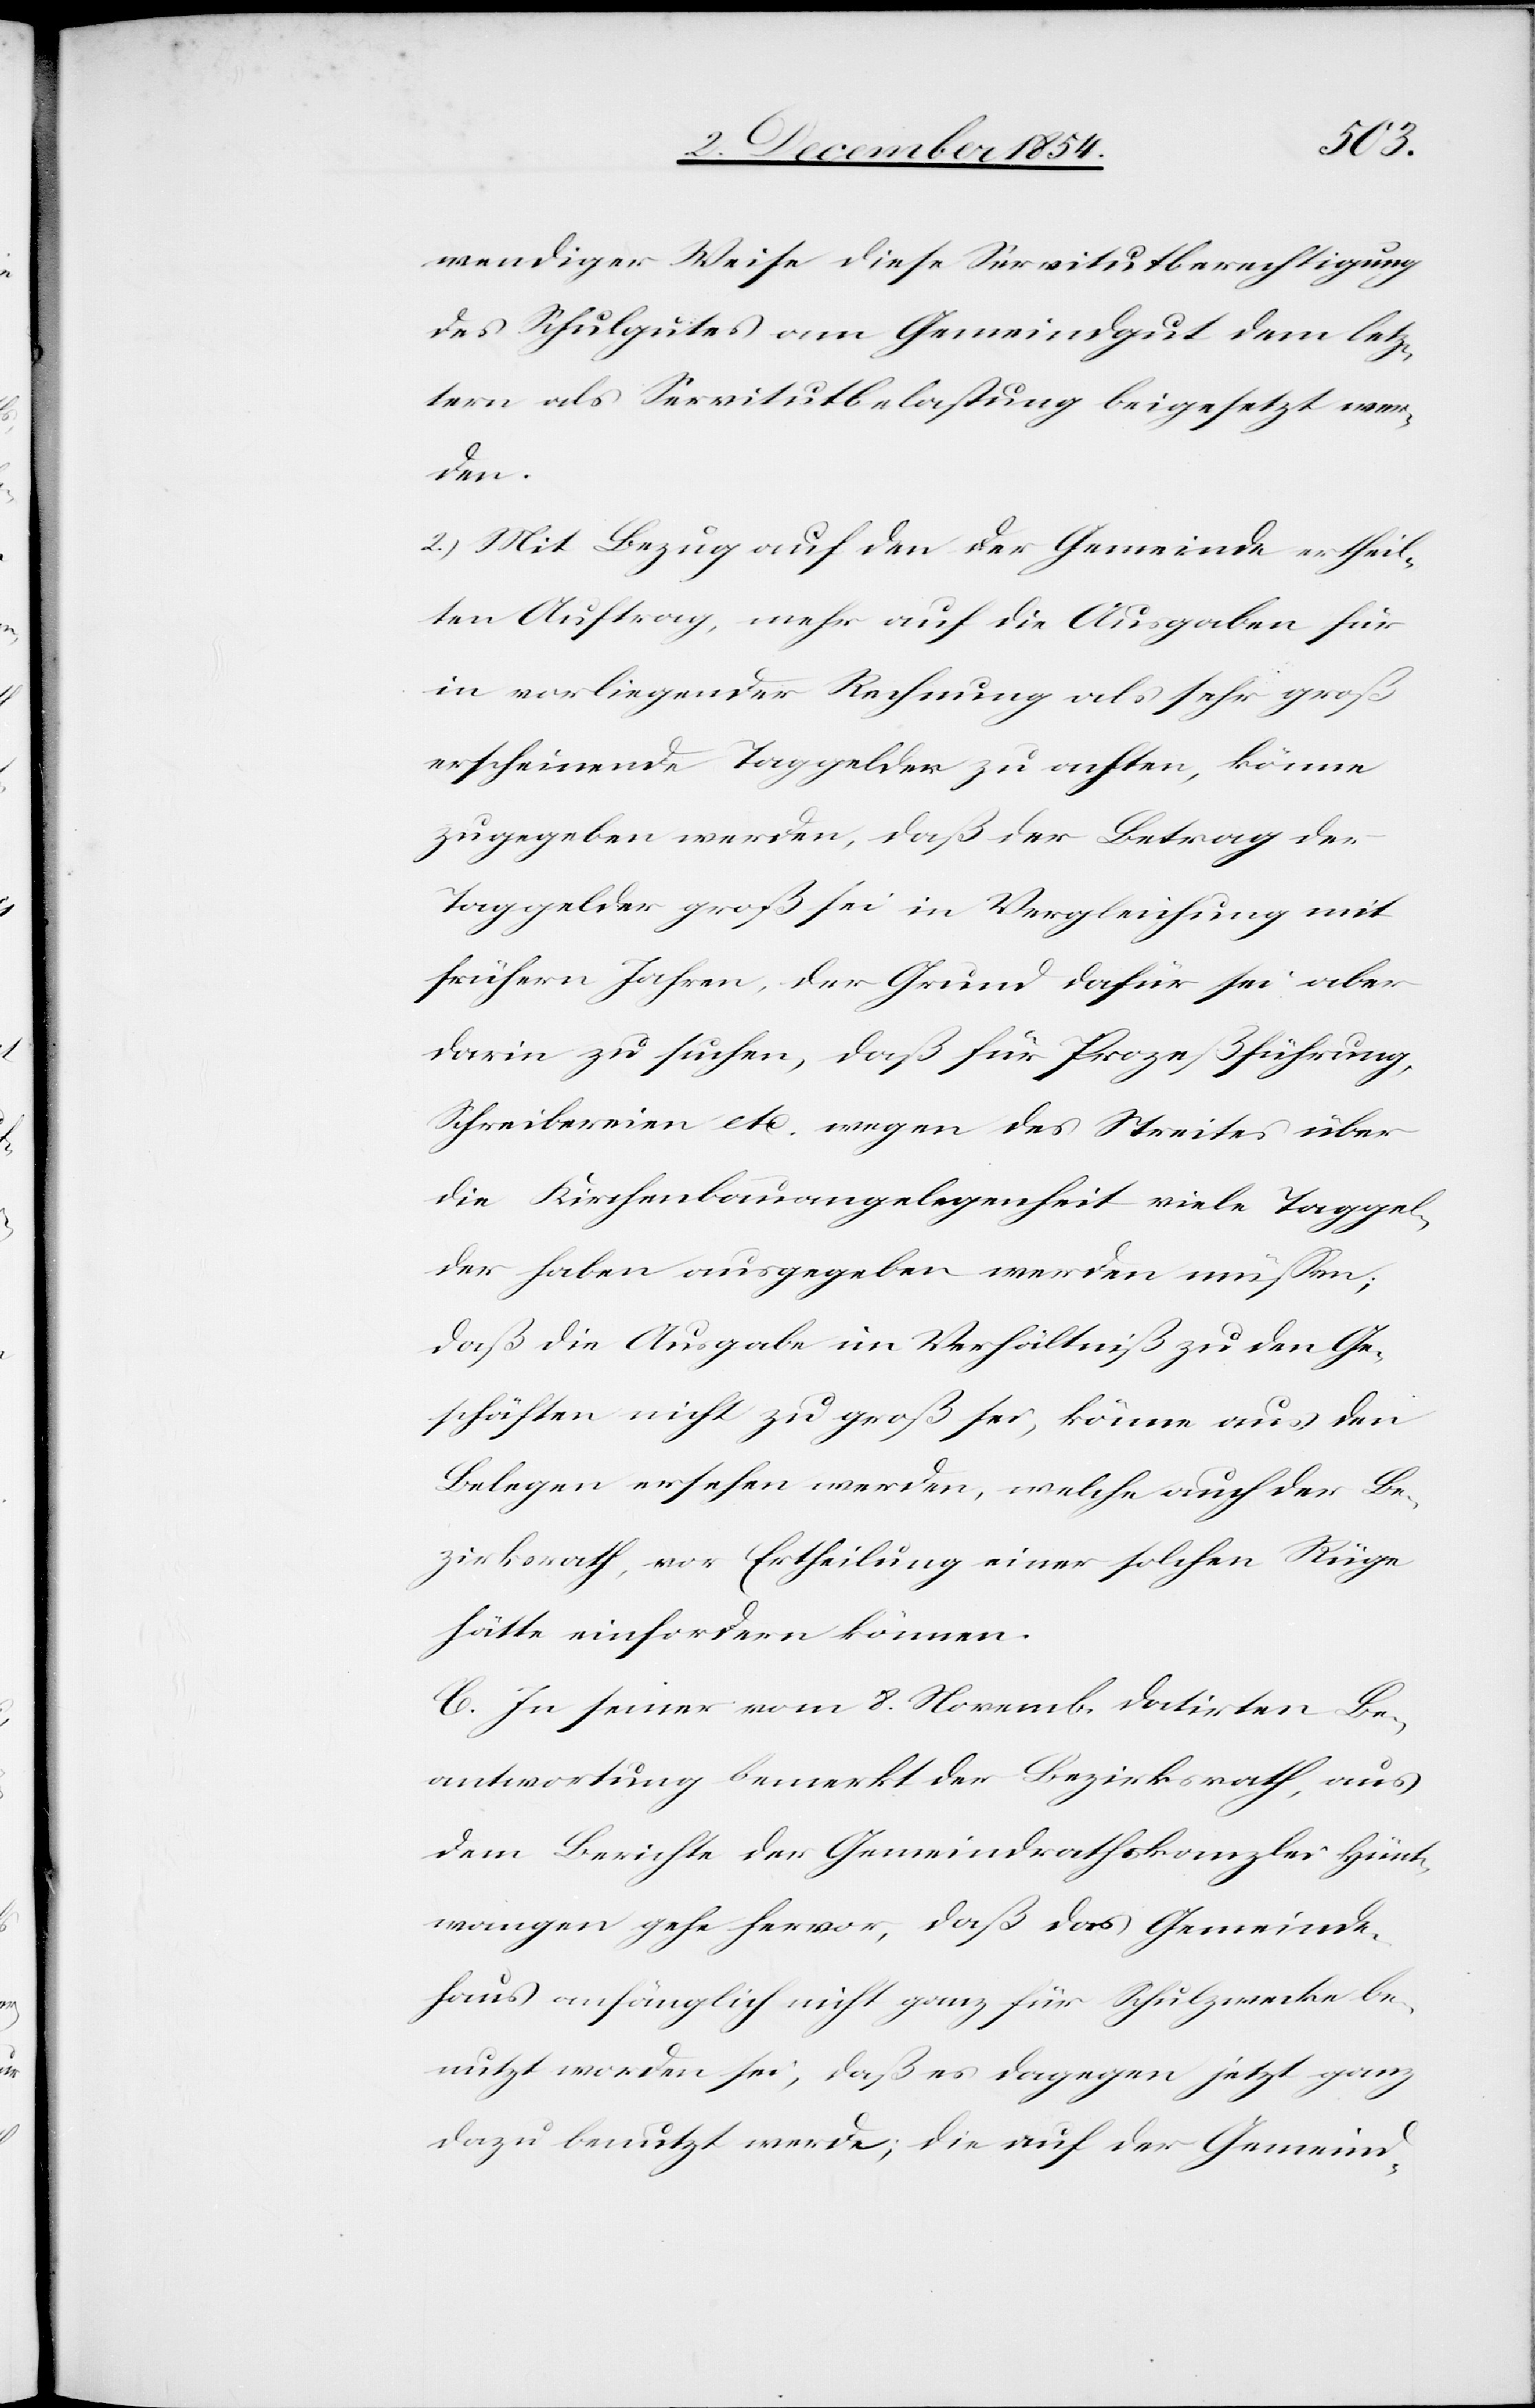
weniger Weise diese Servitutberechtigung
des Schulgutes am Gemeindgut dem letz¬
tern als Servitutbelastung beigesetzt wer¬
den.
2.) Mit Bezug auf den der Gemeinde ertheil¬
ten Auftrag, mehr auf die Ausgaben für
in vorliegender Rechnung als sehr groß
erscheinende Taggelder zu achten; können
zugegeben werden, daß der Betrag der
Taggelder groß sei in Vergleichung mit
frühern Jahren, der Grund dafür sei aber
darin zu ersuchen, daß für Prozeßführung,
Schreiberein etc. wegen des Streites über
die Kirchenbauangelegenheit viele Taggel¬
der haben ausgegeben werden müßen;
daß die Ausgabe im Verhältniß zu den Ge¬
schäften nicht zu groß sei, können aus den
Belegen ersehen werden, welche auch der Be¬
zirksrath, vor Ertheilung einer solchen Rüge
hätte einfordern können.
C. In seiner vom 8. Novemb. datirten Be¬
antwortung bemerkt der Bezirksrath, aus
dem Berichte der Gemeindrathskanzlei Hünt¬
wangen gehe hervor, daß das Gemeinde¬
haus anfänglich nicht ganz für Schulzwecke be¬
nutzt worden sei, daß es dagegen jetzt ganz
dazu benutzt werde; die auf der Gemeind-